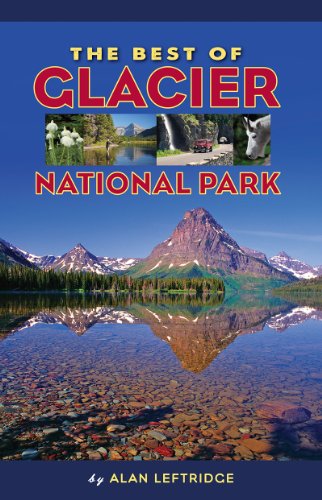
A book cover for The Best of Glacier National Park; Alan Leftridge; Travel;